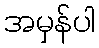
အမှန်ပါ